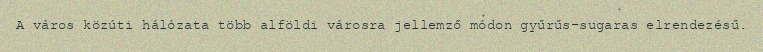
A város közúti hálózata több alföldi városra jellemző módon gyűrűs-sugaras elrendezésű.